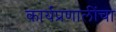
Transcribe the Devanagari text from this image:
कार्यप्रणालींचा